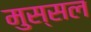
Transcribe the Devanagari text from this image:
मुस्सल